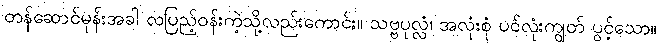
တန်ဆောင်မုန်းအခါ လပြည့်ဝန်းကဲ့သို့လည်းကောင်း။ သဗ္ဗပုလ္လံ၊ အလုံးစုံ ပင်လုံးကျွတ် ပွင့်သော။